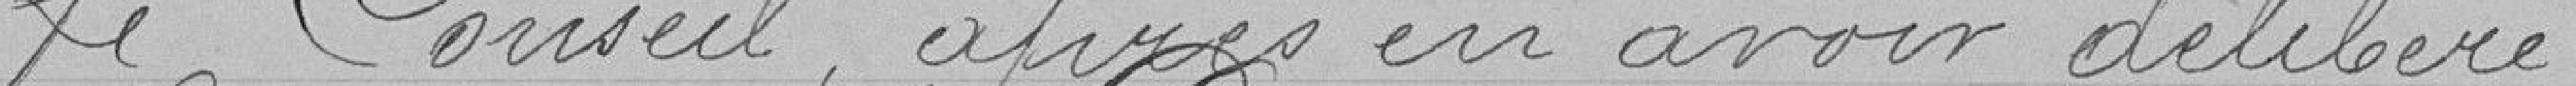
Le Conseil, après en avoir délibéré